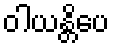
ဝါယန္တိပေ